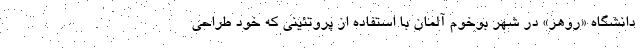
دانشگاه «روهر» در شهر بوخوم آلمان با استفاده از پروتئینی که خود طراحی